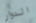
الدوار